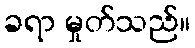
ခရာ မှုတ်သည်။